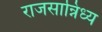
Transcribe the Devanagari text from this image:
राजसान्निध्य